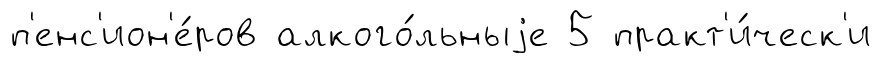
п'енс'ион'е́ров алкого́льныjе 5 практ'и́ческ'и